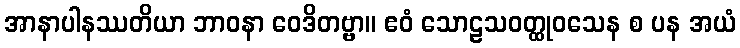
အာနာပါနဿတိယာ ဘာဝနာ ဝေဒိတဗ္ဗာ။ ဧဝံ သောဠသဝတ္ထုဝသေန စ ပန အယံ